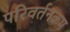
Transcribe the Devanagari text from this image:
परिवर्तनक्रम